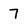
Character: 7